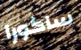
ساكورا